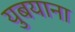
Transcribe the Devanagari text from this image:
युबयाना